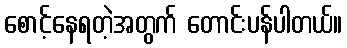
စောင့်နေရတဲ့အတွက် တောင်းပန်ပါတယ်။